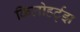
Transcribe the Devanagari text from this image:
किलोहर्ट्‌झ